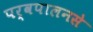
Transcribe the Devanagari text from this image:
पर्वपालनसे